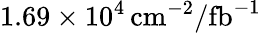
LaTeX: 1.69\times 10^{4}\, \mathrm{{cm}^{-2}/\mathrm{{fb}^{-1}}}